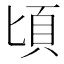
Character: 頃